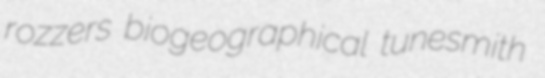
rozzers biogeographical tunesmith